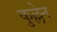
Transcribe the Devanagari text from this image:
कुल्लेन